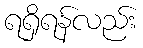
ရရှိရန်လည်း